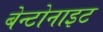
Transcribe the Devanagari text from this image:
बेन्टोनाइट